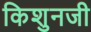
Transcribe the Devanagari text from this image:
किशुनजी